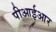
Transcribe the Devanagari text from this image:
पीआईआर